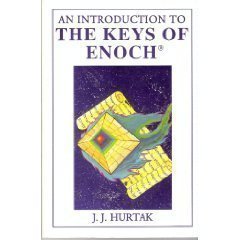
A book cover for An Introduction to the Keys of Enoch; J. J. Hurtak; Christian Books & Bibles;